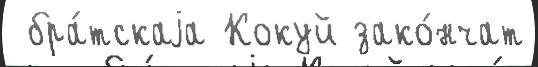
 бра́тскаjа Кокуй зако́нчат